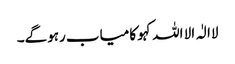
لاالٰہ الا اللہ کہو کامیاب رہوگے۔